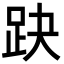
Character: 趹